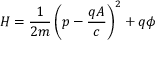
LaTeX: H = { \frac { 1 } { 2 m } } \left( p - { \frac { q A } { c } } \right) ^ { 2 } + q \phi